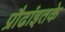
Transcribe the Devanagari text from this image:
प्रौढांइतके